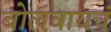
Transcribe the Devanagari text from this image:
बोलवायचं